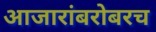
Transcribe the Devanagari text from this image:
आजारांबरोबरच